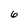
Character: 6